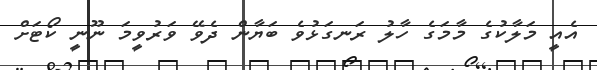
އެއީ މަލާކުގެ މާމަގެ ހާލު ރަނގަޅުވެ ބަޔާން ދެވޭ ވަރުވީމަ ނޫނީ ކޯޓަށް